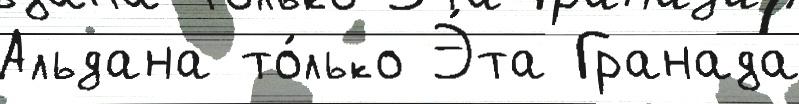
Альдана то́лько Э́та Гранада